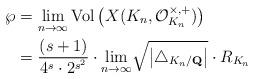
LaTeX: \begin{align*}\wp & =\underset{n\rightarrow\infty}{\lim}\operatorname*{Vol}\left(X(K_{n},\mathcal{O}_{K_{n}}^{\times,+})\right) \\& =\frac{(s+1)}{4^{s}\cdot2^{s^{2}}}\cdot\underset{n\rightarrow\infty}{\lim}\sqrt{\left\vert \triangle_{K_{n}/\mathbf{Q}}\right\vert }\cdot R_{K_{n}} \end{align*}